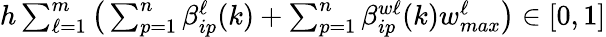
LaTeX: h\textstyle\sum_{\ell=1}^{m}\big(\textstyle\sum_{p=1}^{n}\beta_{ip}^{\ell}(k)+\textstyle\sum_{p=1}^{n}\beta_{ip}^{w\ell}(k)w_{max}^{\ell}\big)\in[0,1]